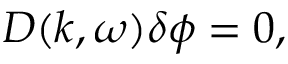
D ( k , \omega ) \delta \phi = 0 ,